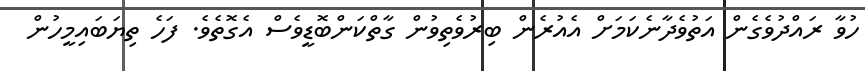
ހުވާ ރައްދުވެގެން އަތުވެދާނެކަމަށް އެއުރެން ބިރުވެތިވުން ގާތްކަންބޮޑީވެސް އެގޮތެވެ. ފަހެ ތިޔަބައިމީހުން